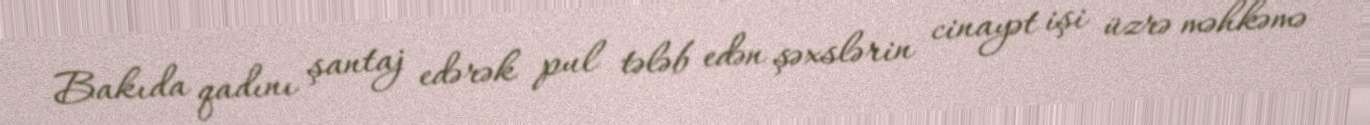
Bakıda qadını şantaj edərək pul tələb edən şəxslərin cinayət işi üzrə məhkəmə